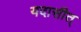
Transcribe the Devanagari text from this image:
यदासीत्